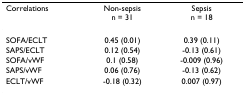
<table><thead><tr><td><b>Correlations</b></td><td><b>Non-sepsisn = 31</b></td><td><b>Sepsisn = 18</b></td></tr></thead><tbody><tr><td>SOFA/ECLT</td><td>0.45 (0.01)</td><td>0.39 (0.11)</td></tr><tr><td>SAPS/ECLT</td><td>0.12 (0.54)</td><td>-0.13 (0.61)</td></tr><tr><td>SOFA/vWF</td><td>0.1 (0.58)</td><td>-0.009 (0.96)</td></tr><tr><td>SAPS/vWF</td><td>0.06 (0.76)</td><td>-0.13 (0.62)</td></tr><tr><td>ECLT/vWF</td><td>-0.18 (0.32)</td><td>0.007 (0.97)</td></tr></tbody></table>